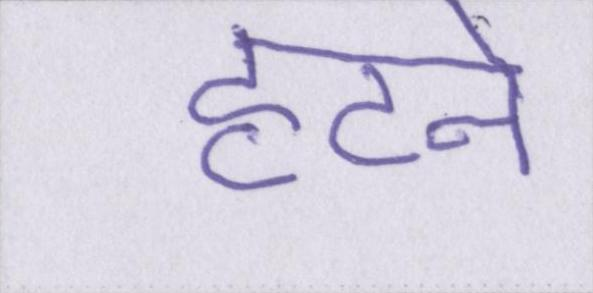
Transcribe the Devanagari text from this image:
हटने